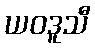
ယဝဒူသီ